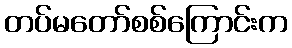
တပ်မတော်စစ်ကြောင်းက